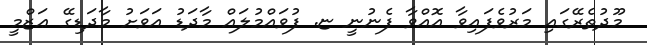
މޫދުތެރޭގައި މަރުވެފައިވާ އޮއްވާ ފެނުނީ ޏ. ފުވައްމުލައް މާދަޑު އަވަށު މާދަޑިގޭ ޢަޒްމީ